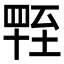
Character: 𦥁